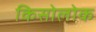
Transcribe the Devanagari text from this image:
किसोलोक